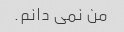
من نمی دانم.